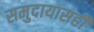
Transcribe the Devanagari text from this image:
समुदायासही